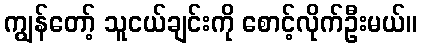
ကျွန်တော့် သူငယ်ချင်းကို စောင့်လိုက်ဦးမယ်။